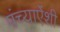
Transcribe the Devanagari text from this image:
पंच्याऐंशी